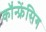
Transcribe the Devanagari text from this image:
कॉंन्फ्रेंसिग